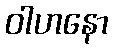
ဝါဟနော